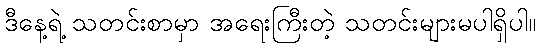
ဒီနေ့ရဲ့ သတင်းစာမှာ အရေးကြီးတဲ့ သတင်းများမပါရှိပါ။